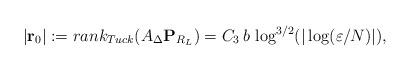
LaTeX: \begin{align*} |{\bf r}_0|:=rank_{Tuck}(A_{\Delta} {\bf P}_{R_L})=C_3\, b \,\log^{3/2} (|\log (\varepsilon/N)|),\end{align*}